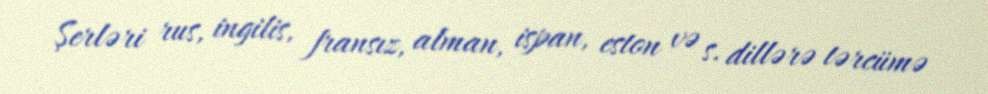
Şerləri rus, ingilis, fransız, alman, ispan, eston və s. dillərə tərcümə